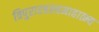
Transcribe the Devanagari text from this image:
त्रिपुरारहस्यमाहात्म्य